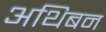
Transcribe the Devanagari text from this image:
अथिबन